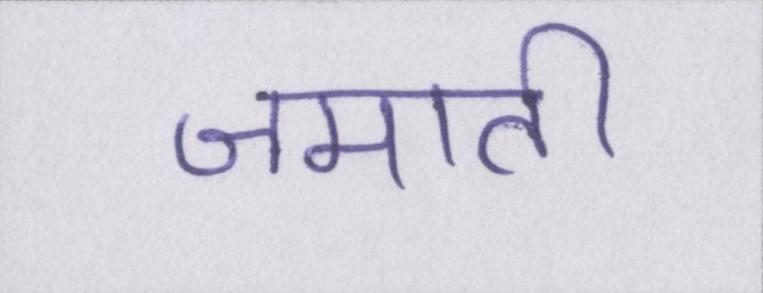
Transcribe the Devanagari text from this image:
जमाती